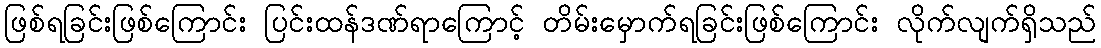
ဖြစ်ရခြင်းဖြစ်ကြောင်း ပြင်းထန်ဒဏ်ရာကြောင့် တိမ်းမှောက်ရခြင်းဖြစ်ကြောင်း လိုက်လျက်ရှိသည်